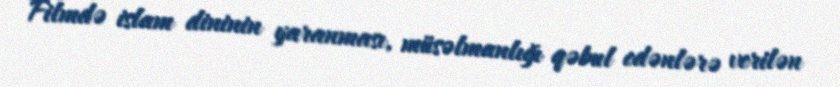
Filmdə islam dininin yaranması, müsəlmanlığı qəbul edənlərə verilən